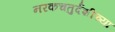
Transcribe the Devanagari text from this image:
नरकचतुर्दशीच्या